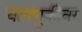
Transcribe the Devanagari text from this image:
वागणुकीवर